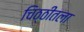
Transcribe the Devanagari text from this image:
चिठ्ठीतला